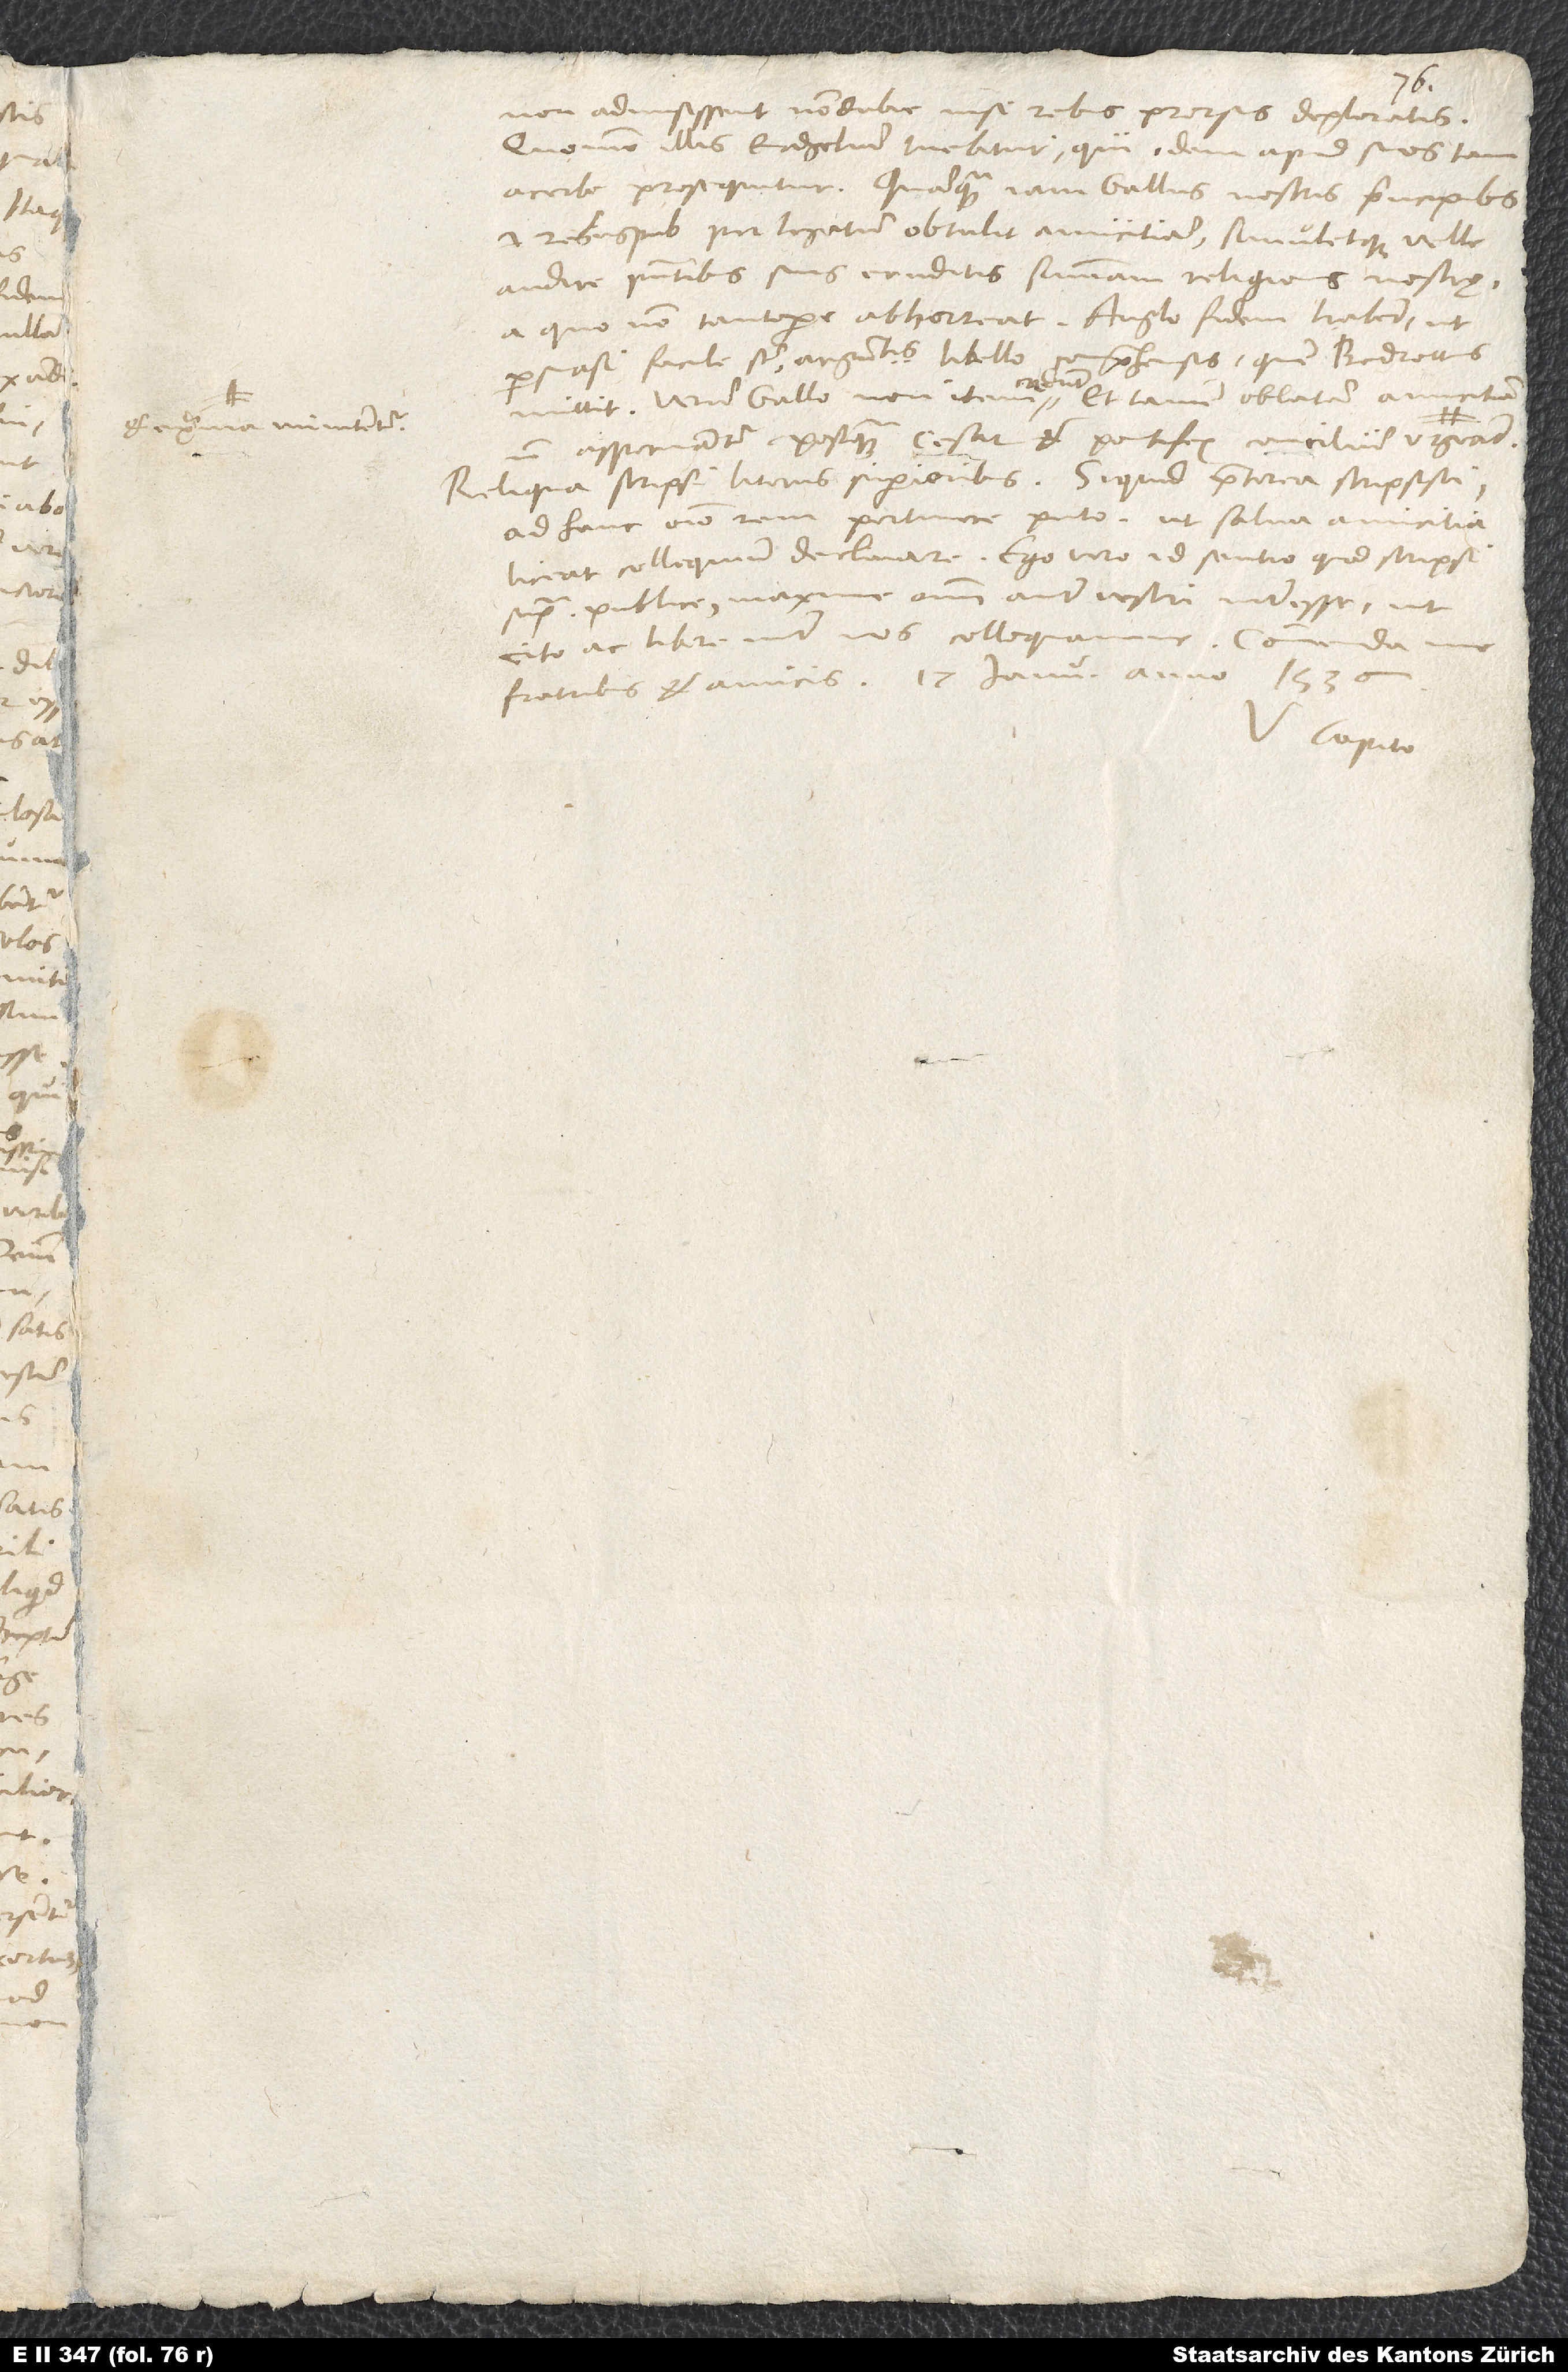
minitentur.

S.
non admisissent non dubie nisi rebus prorsus deploratis.
Quomodo illis evangelium tuebitur, qui idem apud suos tam
acerbe persequitur! Quamquam iam Gallus nostris principibus
et rebuspublicis per legatum obtulit amicitiam simuletque velle
audire praesentibus suis eruditis summam religionis nostrę,
a quo non tantopere abhorreat. Anglo fidem habent, ut
comprehensis, quem Bedrottus
persuasi facile sunt argumentis libello
mittit. Verum Gallo non item credunt et tamen oblatam amicitiam
aspernantur, postquam cesar et pontifex concilium urgeant
Reliqua scripsi literis superioribus. Si quid praeterea scripsisti,
ad hanc omnino rem pertinere puto, ut salva amicitia
liceat colloquim declinare. Ego vero id sentio, quod scripsi
supra publice, maxime omnium autem vestri interesse, ut
cito ac libere inter nos colloquamur. Commenda
fratribus et amicis. 17. ianuarii anno 1536.
Capito.